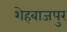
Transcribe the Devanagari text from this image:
शेहबाजपुर